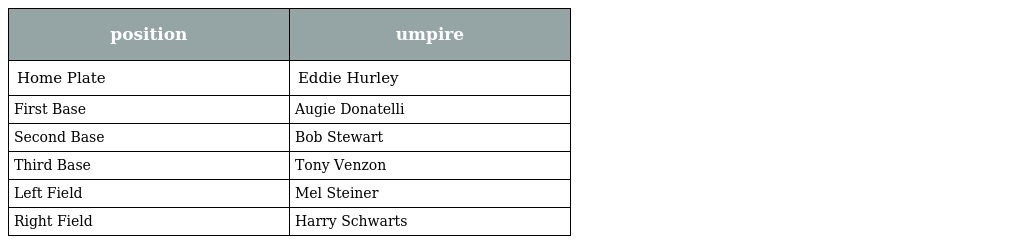
| position | umpire |
 | --- | --- |
 | Home Plate | Eddie Hurley |
 | First Base | Augie Donatelli |
 | Second Base | Bob Stewart |
 | Third Base | Tony Venzon |
 | Left Field | Mel Steiner |
 | Right Field | Harry Schwarts |